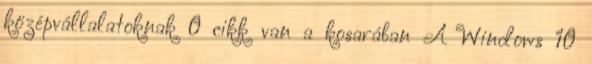
középvállalatoknak 0 cikk van a kosarában A Windows 10